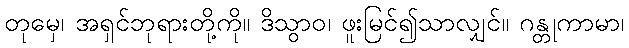
တုမှေ၊ အရှင်ဘုရားတို့ကို။ ဒိသွာဝ၊ ဖူးမြင်၍သာလျှင်။ ဂန္တုကာမာ၊